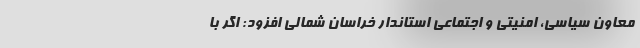
معاون سیاسی، امنیتی و اجتماعی استاندار خراسان شمالی افزود: اگر با